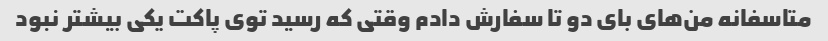
متاسفانه من‌های بای دو تا سفارش دادم وقتی که رسید توی پاکت یکی بیشتر نبود